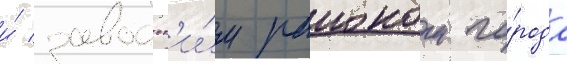
и́ заводск'и́м раионом го́рода